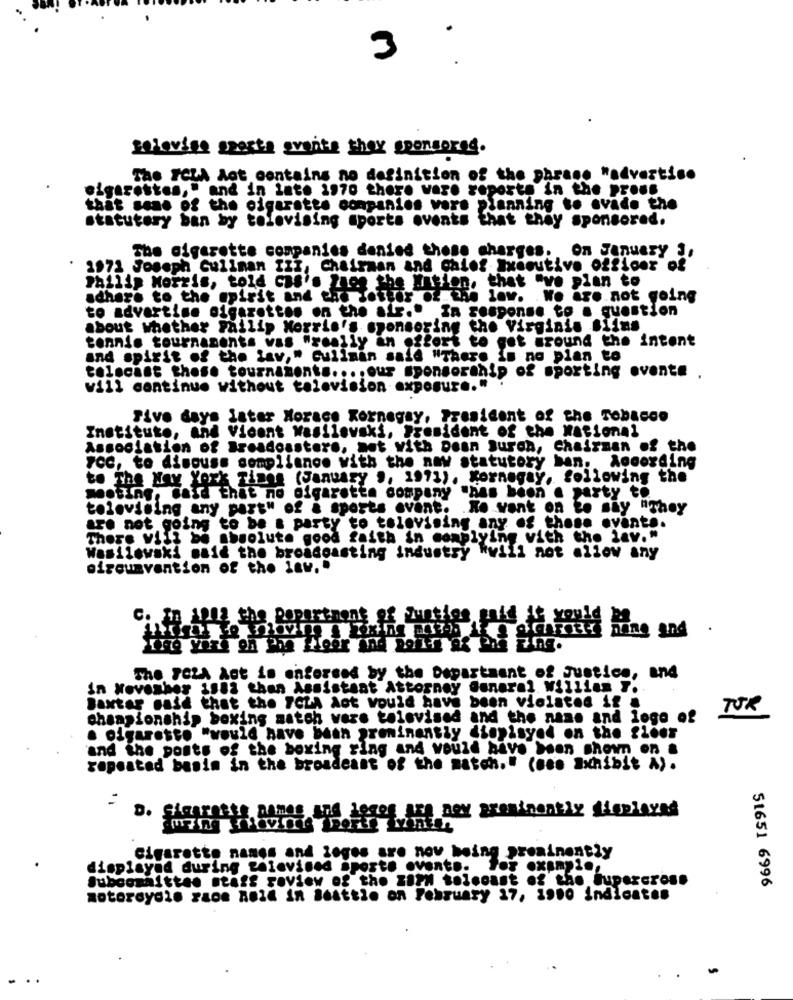
3
20lovise gaesta svante they sponsored.
The FCLA Aot contains no definition of the phrase "advertise
sigaretten," and in late 1970 there vare reports in the proms
that some of the cigarette companies vore planning to evade the
statutory ban by televising sports events that they sponsored.
The cigarette companies denied those charges. On January ,
1971 Joseph Gulinan IZI, Chairman and chief Executive officer of
De Gos feri Ation. that "ve plan to
Philip Morris, told cas's Zies the Hi
adhere to the spirit and e
low. . We are not going
to advertise cigarettes on the air." In response to . question
about whether Philip Morris's sponsoring the Virginis Blins
tennis tournaments was "really an effort to get around the intent
and spirit of the iav," Cullman said "There is no plan to
tolacant those tournaments .... our sponsorship of sporting evente
will continue without television exposure."
Five days later Horace Kornagay, President of the Tobacco
Institute, and Vicent Wasilewski, President of the National
Association of Broadcasters, not with Dean Buren, Chairman of the
FCC, to discuss compliance with the naw statutory ban, According
to The Hay York Times (January ", 1971). Kornegay, following the
meeting, maid that no cigarette company "has been . party to
televising any part" of & sports avant. . Ko went on to say "They
are not going to be a party to televising any of these events.
There vill be absolute good faith in momblying with the lav."
Wasilewski maić the broadcasting industry kwill not allow any
circumvention of the law. .
C. In 1012 the Department of Luetles, fais te rages mine and
The PCLA Act is enforced by the Department of Justice, and
In November 1982 than Assistant Attorney General William Y.
Baxter said that the PCLA Aot would have been violated if .
TUR
championship boxing match vere televised and the name and logo of
Olgarette "would have been prominently diepisyed on the floor
and the posts of the boxing ring and would have been shown on a
repeated basim in the broadcast of the match." (men Exhibit A).
Cigarette names and logos are now being prominently
displayed during tainvines sporto evento. For example,
Subcommittee staff review of the zaPh solcoast of the Supercross
51651 6996
motorcycle raDe noId in Seattle on February 17, 1900 indicates